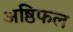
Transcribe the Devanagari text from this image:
अष्ठिफल